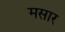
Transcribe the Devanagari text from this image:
मसार